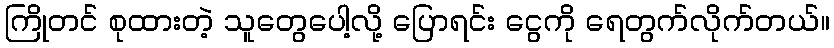
ကြိုတင် စုထားတဲ့ သူတွေပေါ့လို့ ပြောရင်း ငွေကို ရေတွက်လိုက်တယ်။